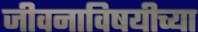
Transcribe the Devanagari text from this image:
जीवनाविषयीच्या